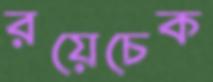
রয়েচেক